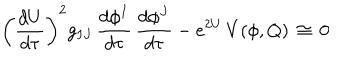
LaTeX: \left( \frac { d U } { d \tau } \right) ^ { 2 } g _ { I J } \, \frac { d \phi ^ { I } } { d \tau } \, \frac { d \phi ^ { J } } { d \tau } - e ^ { 2 U } \, V ( \phi , Q ) \, \cong \, 0